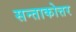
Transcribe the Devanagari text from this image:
सन्ताकोत्तर